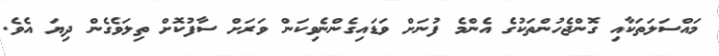
މައްސަލަތަކާއި ގޮންޖެހުންތަކުގެ އެންމެ ފުނަށް ވަޑައިގެންނެވިކަން ވަރަށް ސާފުކޮށް ތިލަވެގެން ދިޔަ އެވެ.